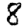
Digit: 8